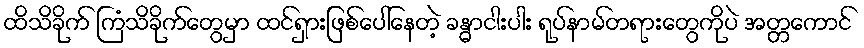
ထိသိခိုက် ကြံသိခိုက်တွေမှာ ထင်ရှားဖြစ်ပေါ်နေတဲ့ ခန္ဓာငါးပါး ရုပ်နာမ်တရားတွေကိုပဲ အတ္တကောင်